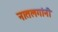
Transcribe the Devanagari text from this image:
नातलगांनी